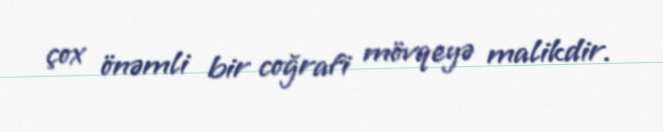
çox önəmli bir coğrafi mövqeyə malikdir.